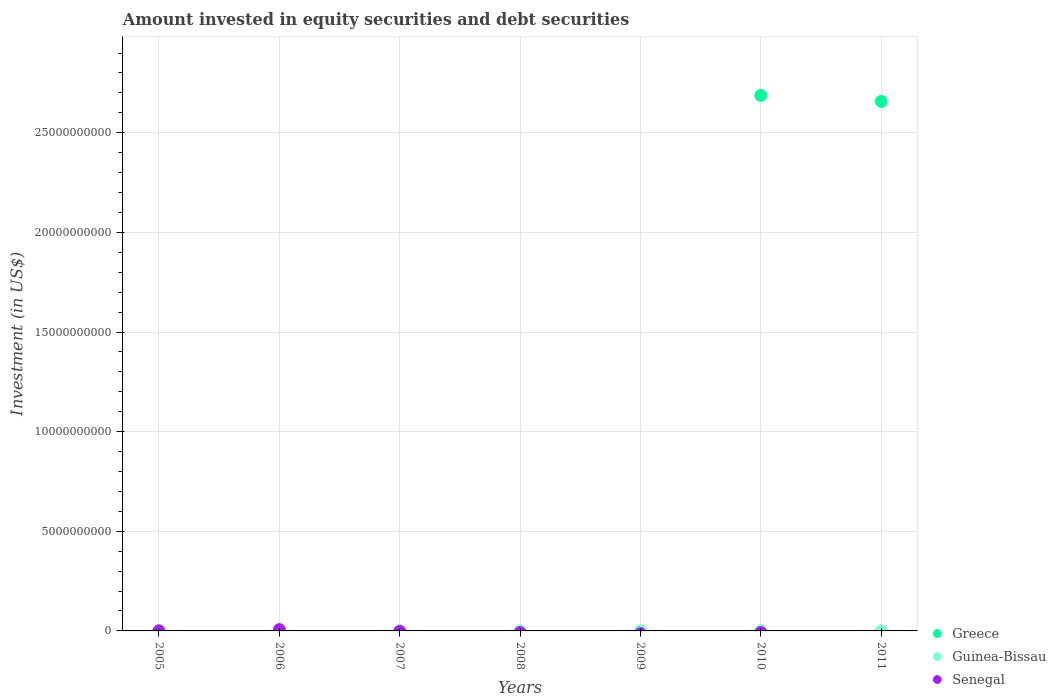
| Years | Greece | Guinea-Bissau | Senegal |
 | --- | --- | --- | --- |
 | 2005 | -9.11e+09 | 4.55e+06 | 4.34e+06 |
 | 2006 | -9.36e+09 | -9.68e+05 | 6.7e+07 |
 | 2007 | -2.39e+10 | 5.01e+06 | -2.25e+07 |
 | 2008 | -2.5e+10 | -5.6e+05 | -8.17e+07 |
 | 2009 | -3.22e+10 | 5.75e+06 | -1.38e+08 |
 | 2010 | 2.69e+10 | 5.61e+06 | -8.07e+07 |
 | 2011 | 2.66e+10 | 4.45e+06 | -8.8e+08 |